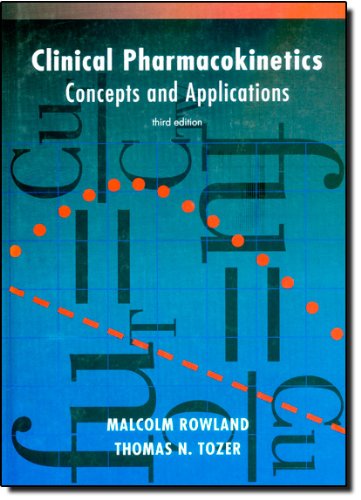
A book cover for Clinical Pharmacokinetics: Concepts and Applications; Malcolm Rowland; Medical Books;